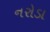
નરોડા